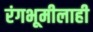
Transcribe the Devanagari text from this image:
रंगभूमीलाही